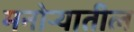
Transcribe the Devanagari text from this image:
मनोर्‍यातील